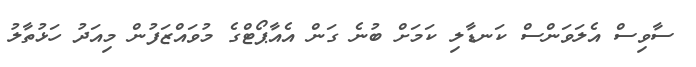
ސާވިސް އެލަވަންސް ކަނޑާލި ކަމަށް ބުނެ ގަން އެއާޕޯޓްގެ މުވައްޒަފުން މިއަދު ހަޅުތާލު